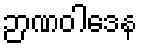
ဉာဏဝါဒေန